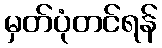
မှတ်ပုံတင်ရန်